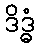
ဒိဒ္ဓံ